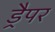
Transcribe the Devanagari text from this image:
ड्रैपर